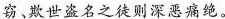
窃欺世盗名之徒则深恶痛绝。